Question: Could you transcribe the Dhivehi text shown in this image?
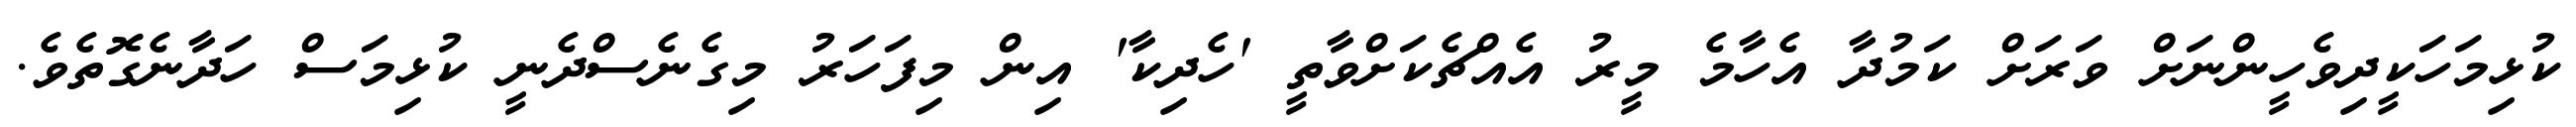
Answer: ކުޅިމަހަކީދިވެހީންނަށް ވަރަށް ކަމުދާ އެހާމެ މީރު އެއްޗެކަށްވާތީ 'ހެދިކާ' އިން މިފަހަރު މިގެނެސްދެނީ ކުޅިމަސް ހަދާނެގޮތެވެ.